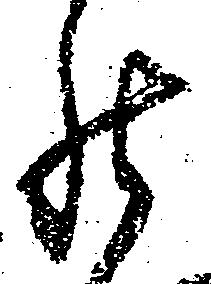
罷